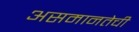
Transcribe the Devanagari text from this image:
असमानतेची